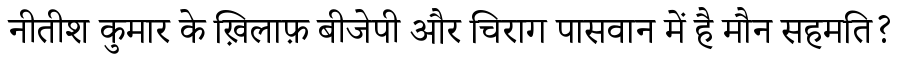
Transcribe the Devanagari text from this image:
नीतीश कुमार के ख़िलाफ़ बीजेपी और चिराग पासवान में है मौन सहमति?